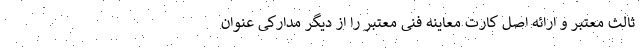
ثالث معتبر و ارائه اصل کارت معاینه فنی معتبر را از دیگر مدارکی عنوان